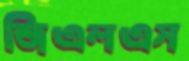
জিএলএস